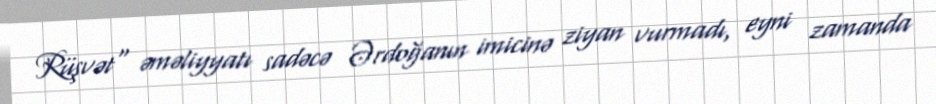
Rüşvət" əməliyyatı sadəcə Ərdoğanın imicinə ziyan vurmadı, eyni zamanda